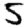
Digit: 5